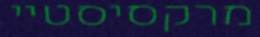
מרקסיסטיי